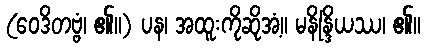
(ဝေဒိတဗ္ဗံ၊ ၏။) ပန၊ အထူးကိုဆိုအံ့။ မနိန္ဒြိယဿ၊ ၏။